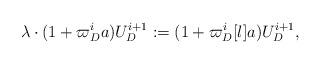
LaTeX: \begin{align*}\lambda\cdot (1 + \varpi_D^i a) U^{i+1}_D := (1 + \varpi_D^i [\l]a) U^{i+1}_D,\end{align*}